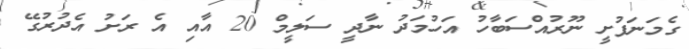
ގެމަނަފުށީ ނޫރުއްސަބާހު އަހުމަދު ނާދީ ސަލީމް 20 އާއި އެ ރަށު އެދުރުގޭ